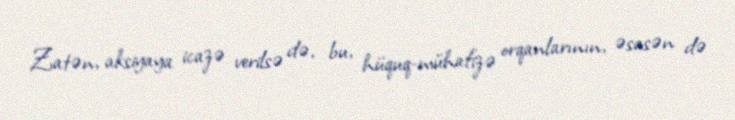
Zatən, aksiyaya icazə verilsə də, bu, hüquq-mühafizə orqanlarının, əsasən də